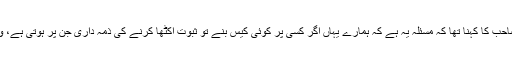
ضیاالدین صاحب کا کہنا تھا کہ مسئلہ یہ ہے کہ ہمارے یہاں اگر کسی پر کوئی کیس بنے تو ثبوت اکٹھا کرنے کی ذمہ داری جن پر ہوتی ہے، وہ نا اہل ہیں۔